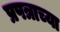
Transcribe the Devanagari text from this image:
प्रपत्राच्या